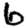
Digit: 6